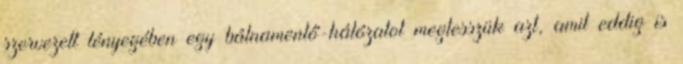
szervezett lényegében egy bálnamentő-hálózatot megtesszük azt, amit eddig is